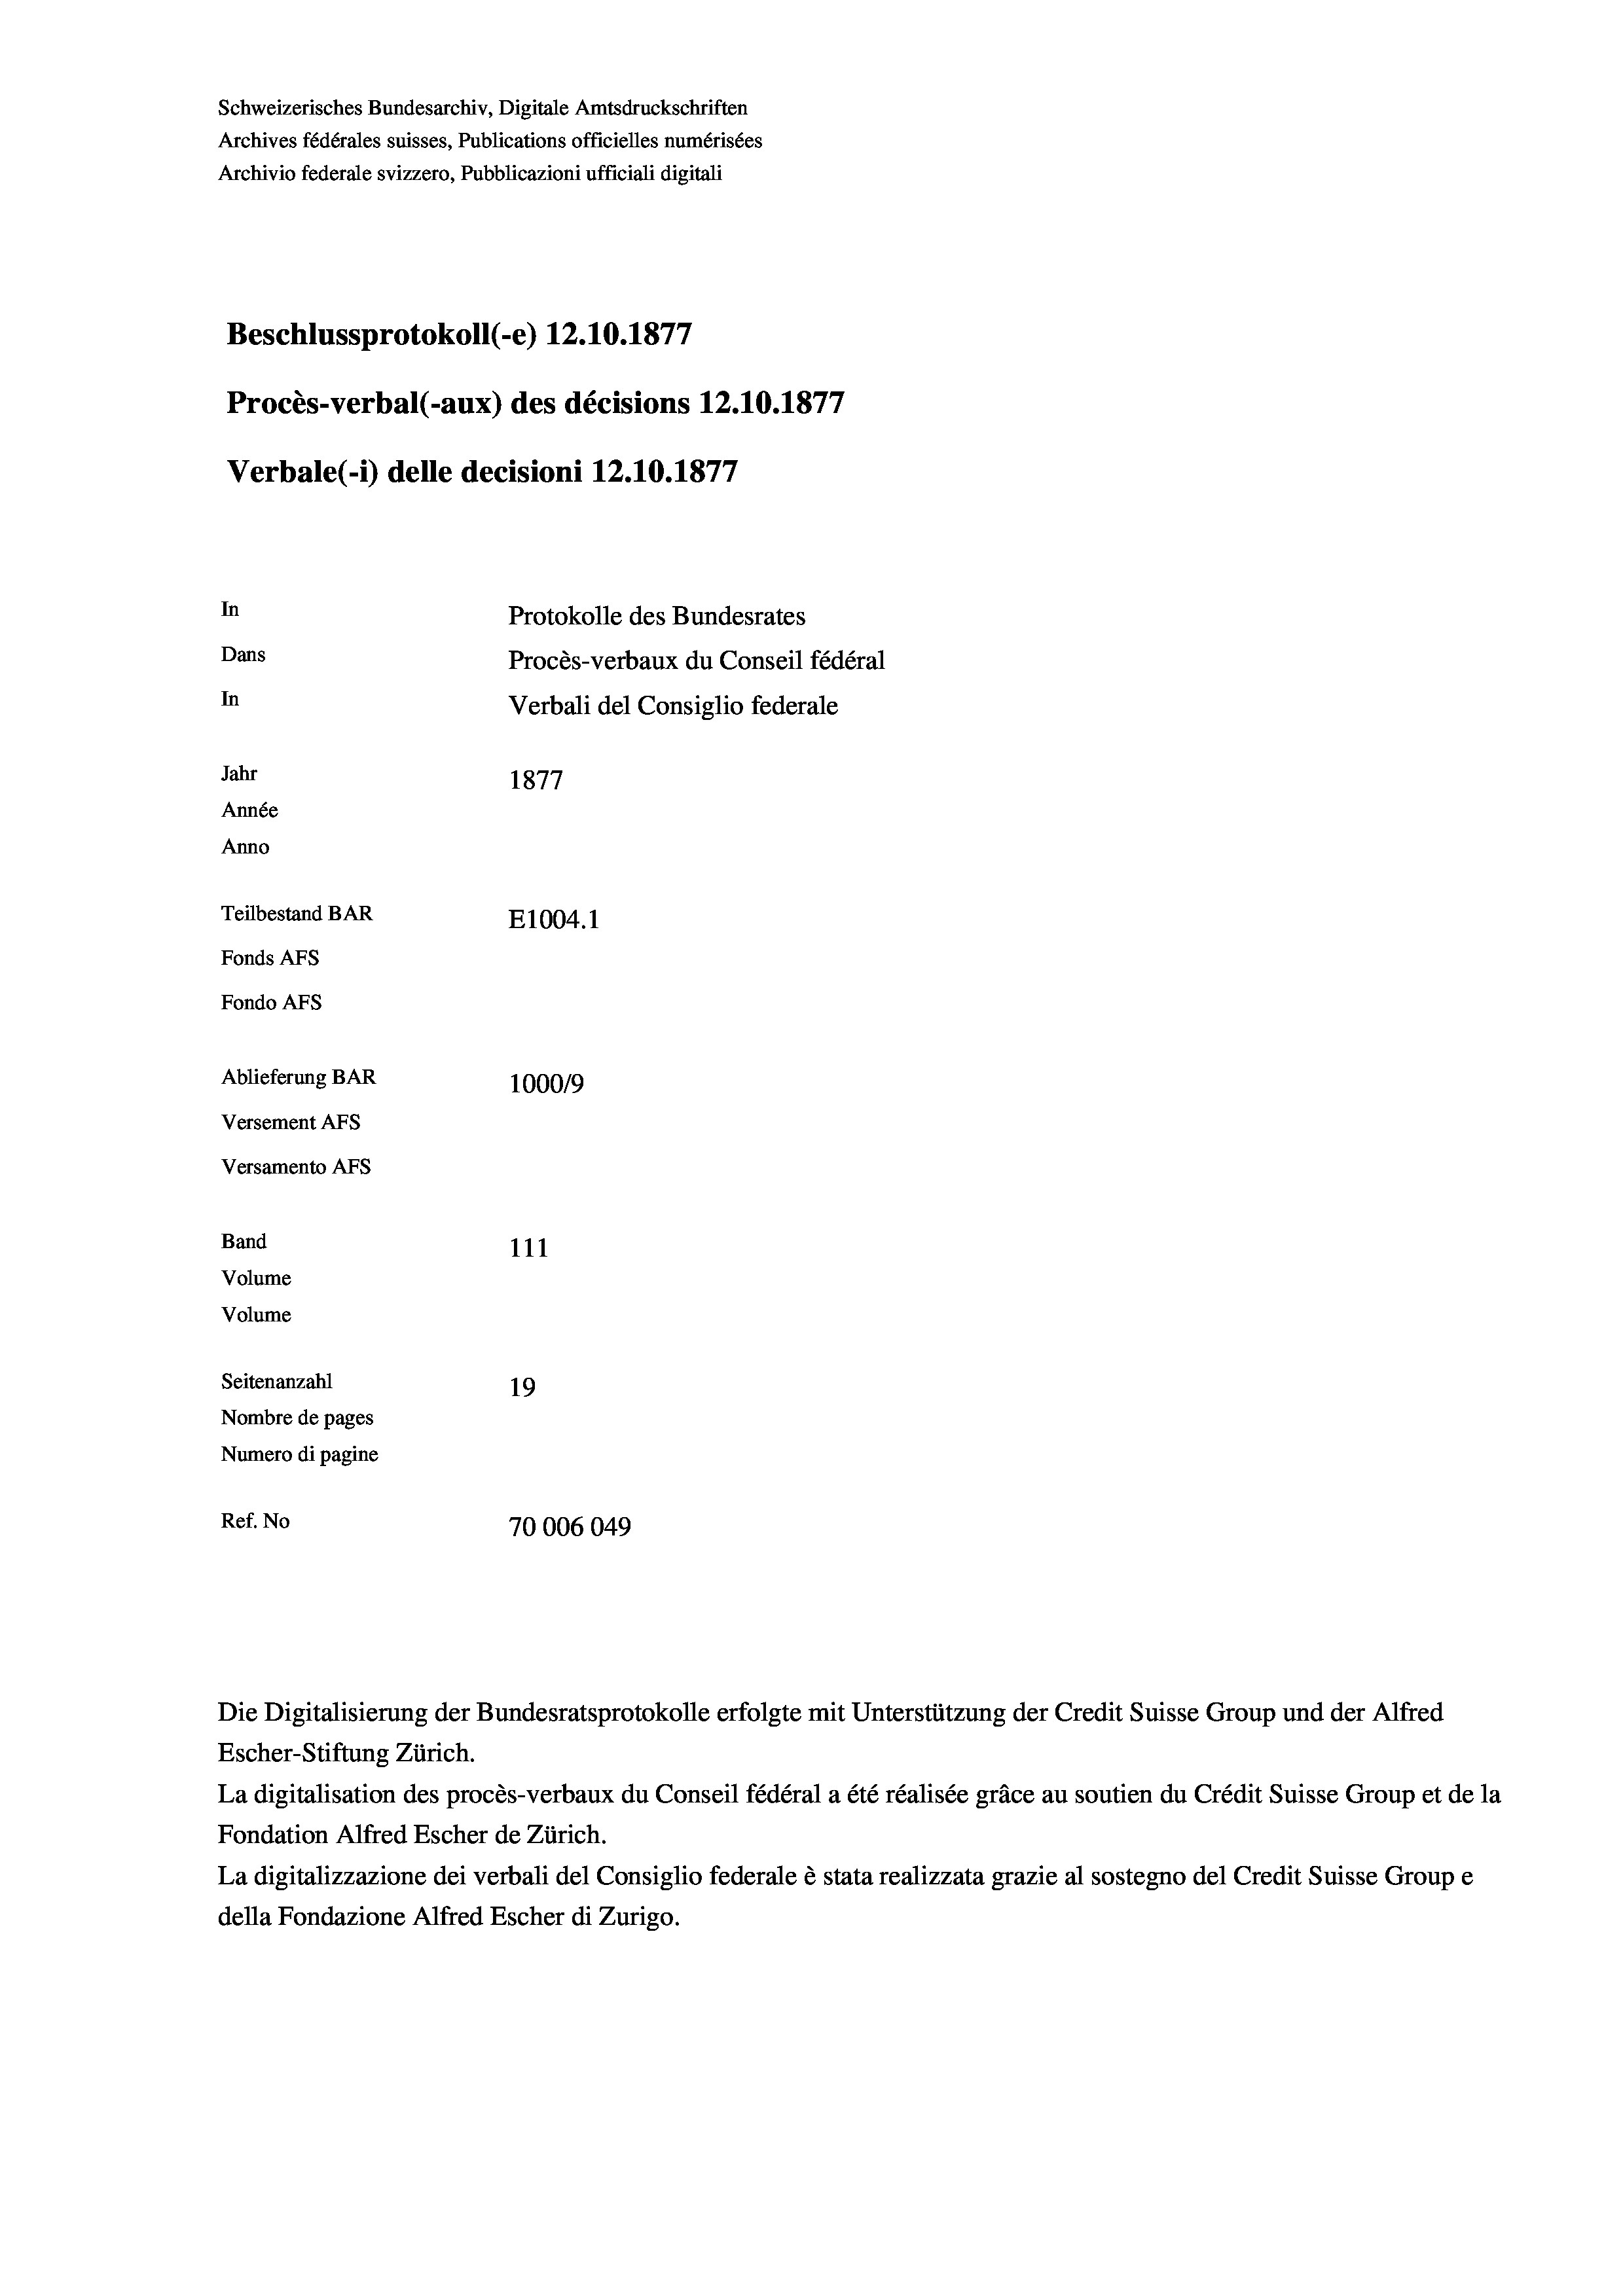
Schweizerisches Bundesarchiv, Digitale Amtsdruckschriften
Archives fédérales suisses, Publications officielles numérisées
Archivio federale svizzero, Pubblicazioni ufficiali digitali
777
Beschlussprotokoll (-e) 12.10.1877
1
Procès-verbal (-aux) des décisions 12.10.1877
Verbale(- 1) delle decisioni 12.10.1877
In
Protokolle des Bundesrates
Dans
Procès-verbaux du Conseil fédéral
In
Verbali del Consiglio federale
Jahr
1877
Année
Anno
Teilbestand BAR
E1004. 1
Fonds AFs
Fondo AFs
Ablieferung BAR
100019
Versement Abs
Versamento AFs
Band
111
Volume
Volume

Seitenanzahl
19
Nombre de pages
Numero di pagine
Ref. No
70006049

Escher-Stiftung Zürich.
La digitalisation des procès-verbaux du Conseil fédéral a été réalisée gräce au soutien du Crédit Suisse Group et de la
Fondation Alfred Escher de Zürich.
La digitalizzazione dei verbali del Consiglio federale è stata realizzata grazie al sostegno del Credit Suisse Groupe
della Fondazione Alfred Escher di Zurigo.

Die Digitalisierung der Bundesratsprotokolle erfolgte mit Unterstützung der Credit Suisse Group und der Alfred